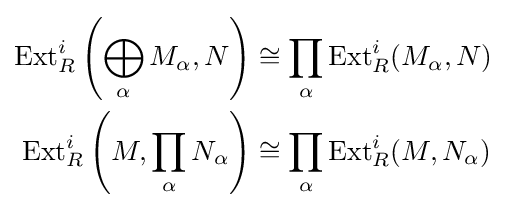
{\begin{aligned}\operatorname {Ext} _{R}^{i}\left(\bigoplus _{\alpha }M_{\alpha },N\right)&\cong \prod _{\alpha }\operatorname {Ext} _{R}^{i}(M_{\alpha },N)\\\operatorname {Ext} _{R}^{i}\left(M,\prod _{\alpha }N_{\alpha }\right)&\cong \prod _{\alpha }\operatorname {Ext} _{R}^{i}(M,N_{\alpha })\end{aligned}}